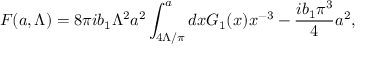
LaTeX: { \cal F } ( a , \Lambda ) = { 8 \pi i b _ { 1 } } \Lambda ^ { 2 } a ^ { 2 } \int _ { 4 \Lambda / \pi } ^ { a } d x { \cal G } _ { 1 } ( x ) x ^ { - 3 } - { \frac { i b _ { 1 } \pi ^ { 3 } } { 4 } } a ^ { 2 } ,